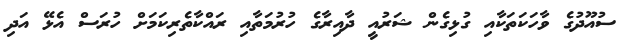
ސުއޫދުގެ ވާހަކަތަކާއި ގުޅިގެން ޝަރުއީ ދާއިރާގެ ހުރުމަތާއި ރައްކާތެރިކަމަށް ހުރަސް އެޅޭ އަދި